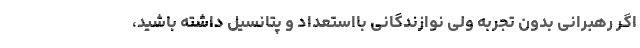
اگر رهبرانی بدون تجربه ولی نوازندگانی بااستعداد و پتانسیل داشته باشید،